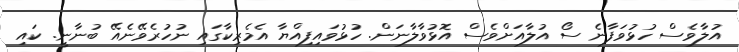
އުލާވެސް ހުޅުވަފާނެ ސޯ އުލާއަށްވެސް އޮޅުވާލާނަން. ހުޅުވައިފިއްޔާ އެމެރިކާގައި ނުހުރެވޭނެއޭ ބުނާނީ. ކައި